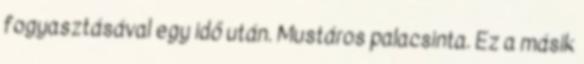
fogyasztásával egy idő után. Mustáros palacsinta. Ez a másik